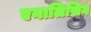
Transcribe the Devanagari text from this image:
एनालिसिन